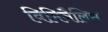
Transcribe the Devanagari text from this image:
विमिनैलिस